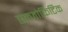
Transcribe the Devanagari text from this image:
एक्जोफिटिक